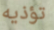
تؤذيه